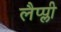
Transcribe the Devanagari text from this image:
लैप्प्ली